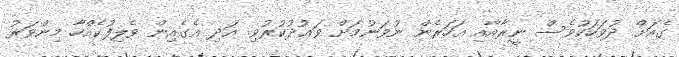
ގެއަށް ދުވަހަކުވެސް ނީރާއާއި އަހަރެން ނުވަނުމަށް ވަޢުދުކުރުވި. އަދި އެގެއިން ވެލިފުކެއްހާ މިންވަރު